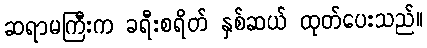
ဆရာမကြီးက ခရီးစရိတ် နှစ်ဆယ် ထုတ်ပေးသည်။